Cholera in southern India
Disease focus: Cholera
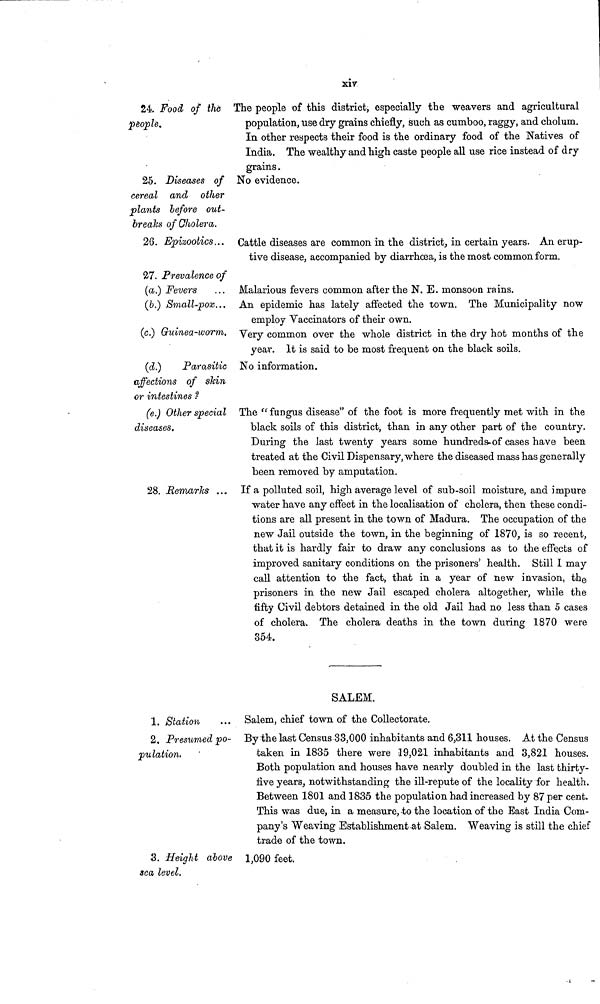
xiv
24. Food of the
people.
The people of this district, especially the weavers and agricultural
population, use dry grains chiefly, such as cumboo, raggy, and cholum.
In other respects their food is the ordinary food of the Natives of
India. The wealthy and high caste people all use rice instead of dry
grains.
25. Diseases of
cereal and other
plants before out-
break* of Cholera.
No evidence.
26. Epizootics... Cattle diseases are common in the district, in certain years. An erup-
tive disease, accompanied by diarrhoea, is the most common form.
27. Prevalence of
(a.) Fevers
Malarious fevers common after the N. E. monsoon rains.
(b.) Small-pox ... An epidemic has lately affected the town. The Municipality now
employ Vaccinators of their own.
(c.) Guinea-worm, Very common over the whole district in the dry hot months of the
year. It is said to be most frequent on the black soils.
(d.)
Parasitic
affections of skin
or intestines ?
No information.
(e.) Other special
diseases.
The " fungus disease" of the foot is more frequently met with in the
black soils of this district, than in any other part of the country.
During the last twenty years some hundreds-of cases have been
treated at the Civil Dispensary, where the diseased mass has generally
been removed by amputation.
28. Remarks ... If a polluted soil, high average level of sub-soil moisture, and impure
water have any effect in the localisation of cholera, then these condi-
tions are all present in the town of Madura. The occupation of the
new Jail outside the town, in the beginning of 1870, is so recent,
that it is hardly fair to draw any conclusions as to the effects of
improved sanitary conditions on the prisoners' health. Still I may
call attention to the fact, that in a year of new invasion, the
prisoners in the new Jail escaped cholera altogether, while the
fifty Civil debtors detained in the old Jail had no less than 5 cases
of cholera. The cholera deaths in the town during 1870 were
354.
SALEM.
1. Station
Salem, chief town of the Collectorate.
2. Presumed po-
pulation.
By the last Census 33,000 inhabitants and 6,311 houses. At the Census
taken in 1835 there were 19,021 inhabitants and 3,821 houses.
Both population and houses have nearly doubled in the last thirty-
five years, notwithstanding the ill-repute of the locality for health.
Between 1801 and 1835 the population had increased by 87 per cent.
This was due, in a measure, to the location of the East India Com-
pany's Weaving Establishment at Salem. Weaving is still the chief
trade of the town.
3. Height above
sea level.
1,090 feet.